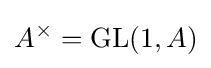
A^{\times }=\operatorname {GL} (1,A)